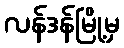
လန်ဒန်မြို့မှ